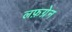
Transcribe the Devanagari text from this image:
लफ़ग्रेन